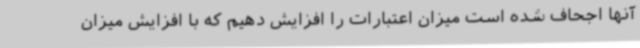
آنها اجحاف شده است میزان اعتبارات را افزایش دهیم که با افزایش میزان